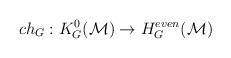
\begin{align*}ch_{G} : K^{0}_{G}({\cal M}) \to H^{even}_{G}({\cal M})\end{align*}